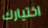
اختيارك